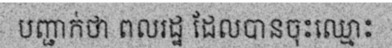
បញ្ជាក់ថា ពលរដ្ឋ ដែលបានចុះឈ្មោះ